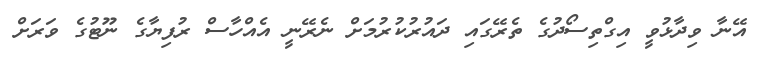
އޭނާ ވިދާޅުވީ އިގްތިސޯދުގެ ތެރޭގައި ދައުރުކުރުމަށް ނެރޭނީ އެއްހާސް ރުފިޔާގެ ނޫޓުގެ ވަރަށް